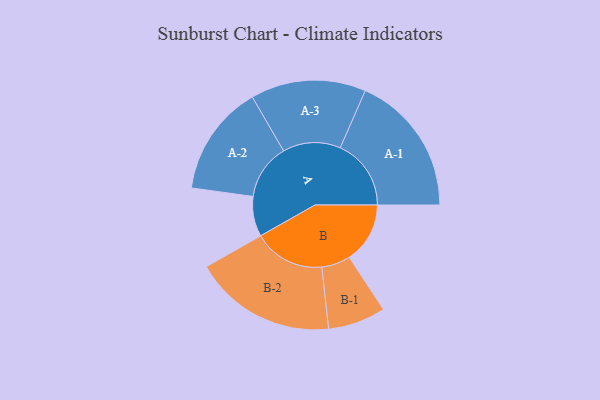
{"axis": {"x": "Segment", "y": "Value"}, "legend": ["", "A", "B"], "data": [{"x": "A", "y": 157, "type": ""}, {"x": "B", "y": 238, "type": ""}, {"x": "A-1", "y": 278, "type": "A"}, {"x": "A-2", "y": 218, "type": "A"}, {"x": "A-3", "y": 226, "type": "A"}, {"x": "B-1", "y": 113, "type": "B"}, {"x": "B-2", "y": 280, "type": "B"}]}